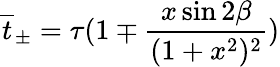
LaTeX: \overline{{{t}}}_{\pm}=\tau(1\mp\frac{x\sin 2\beta}{(1+x^{2})^{2}})